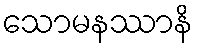
သောမနဿာနိ